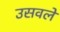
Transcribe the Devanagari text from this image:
उसवले